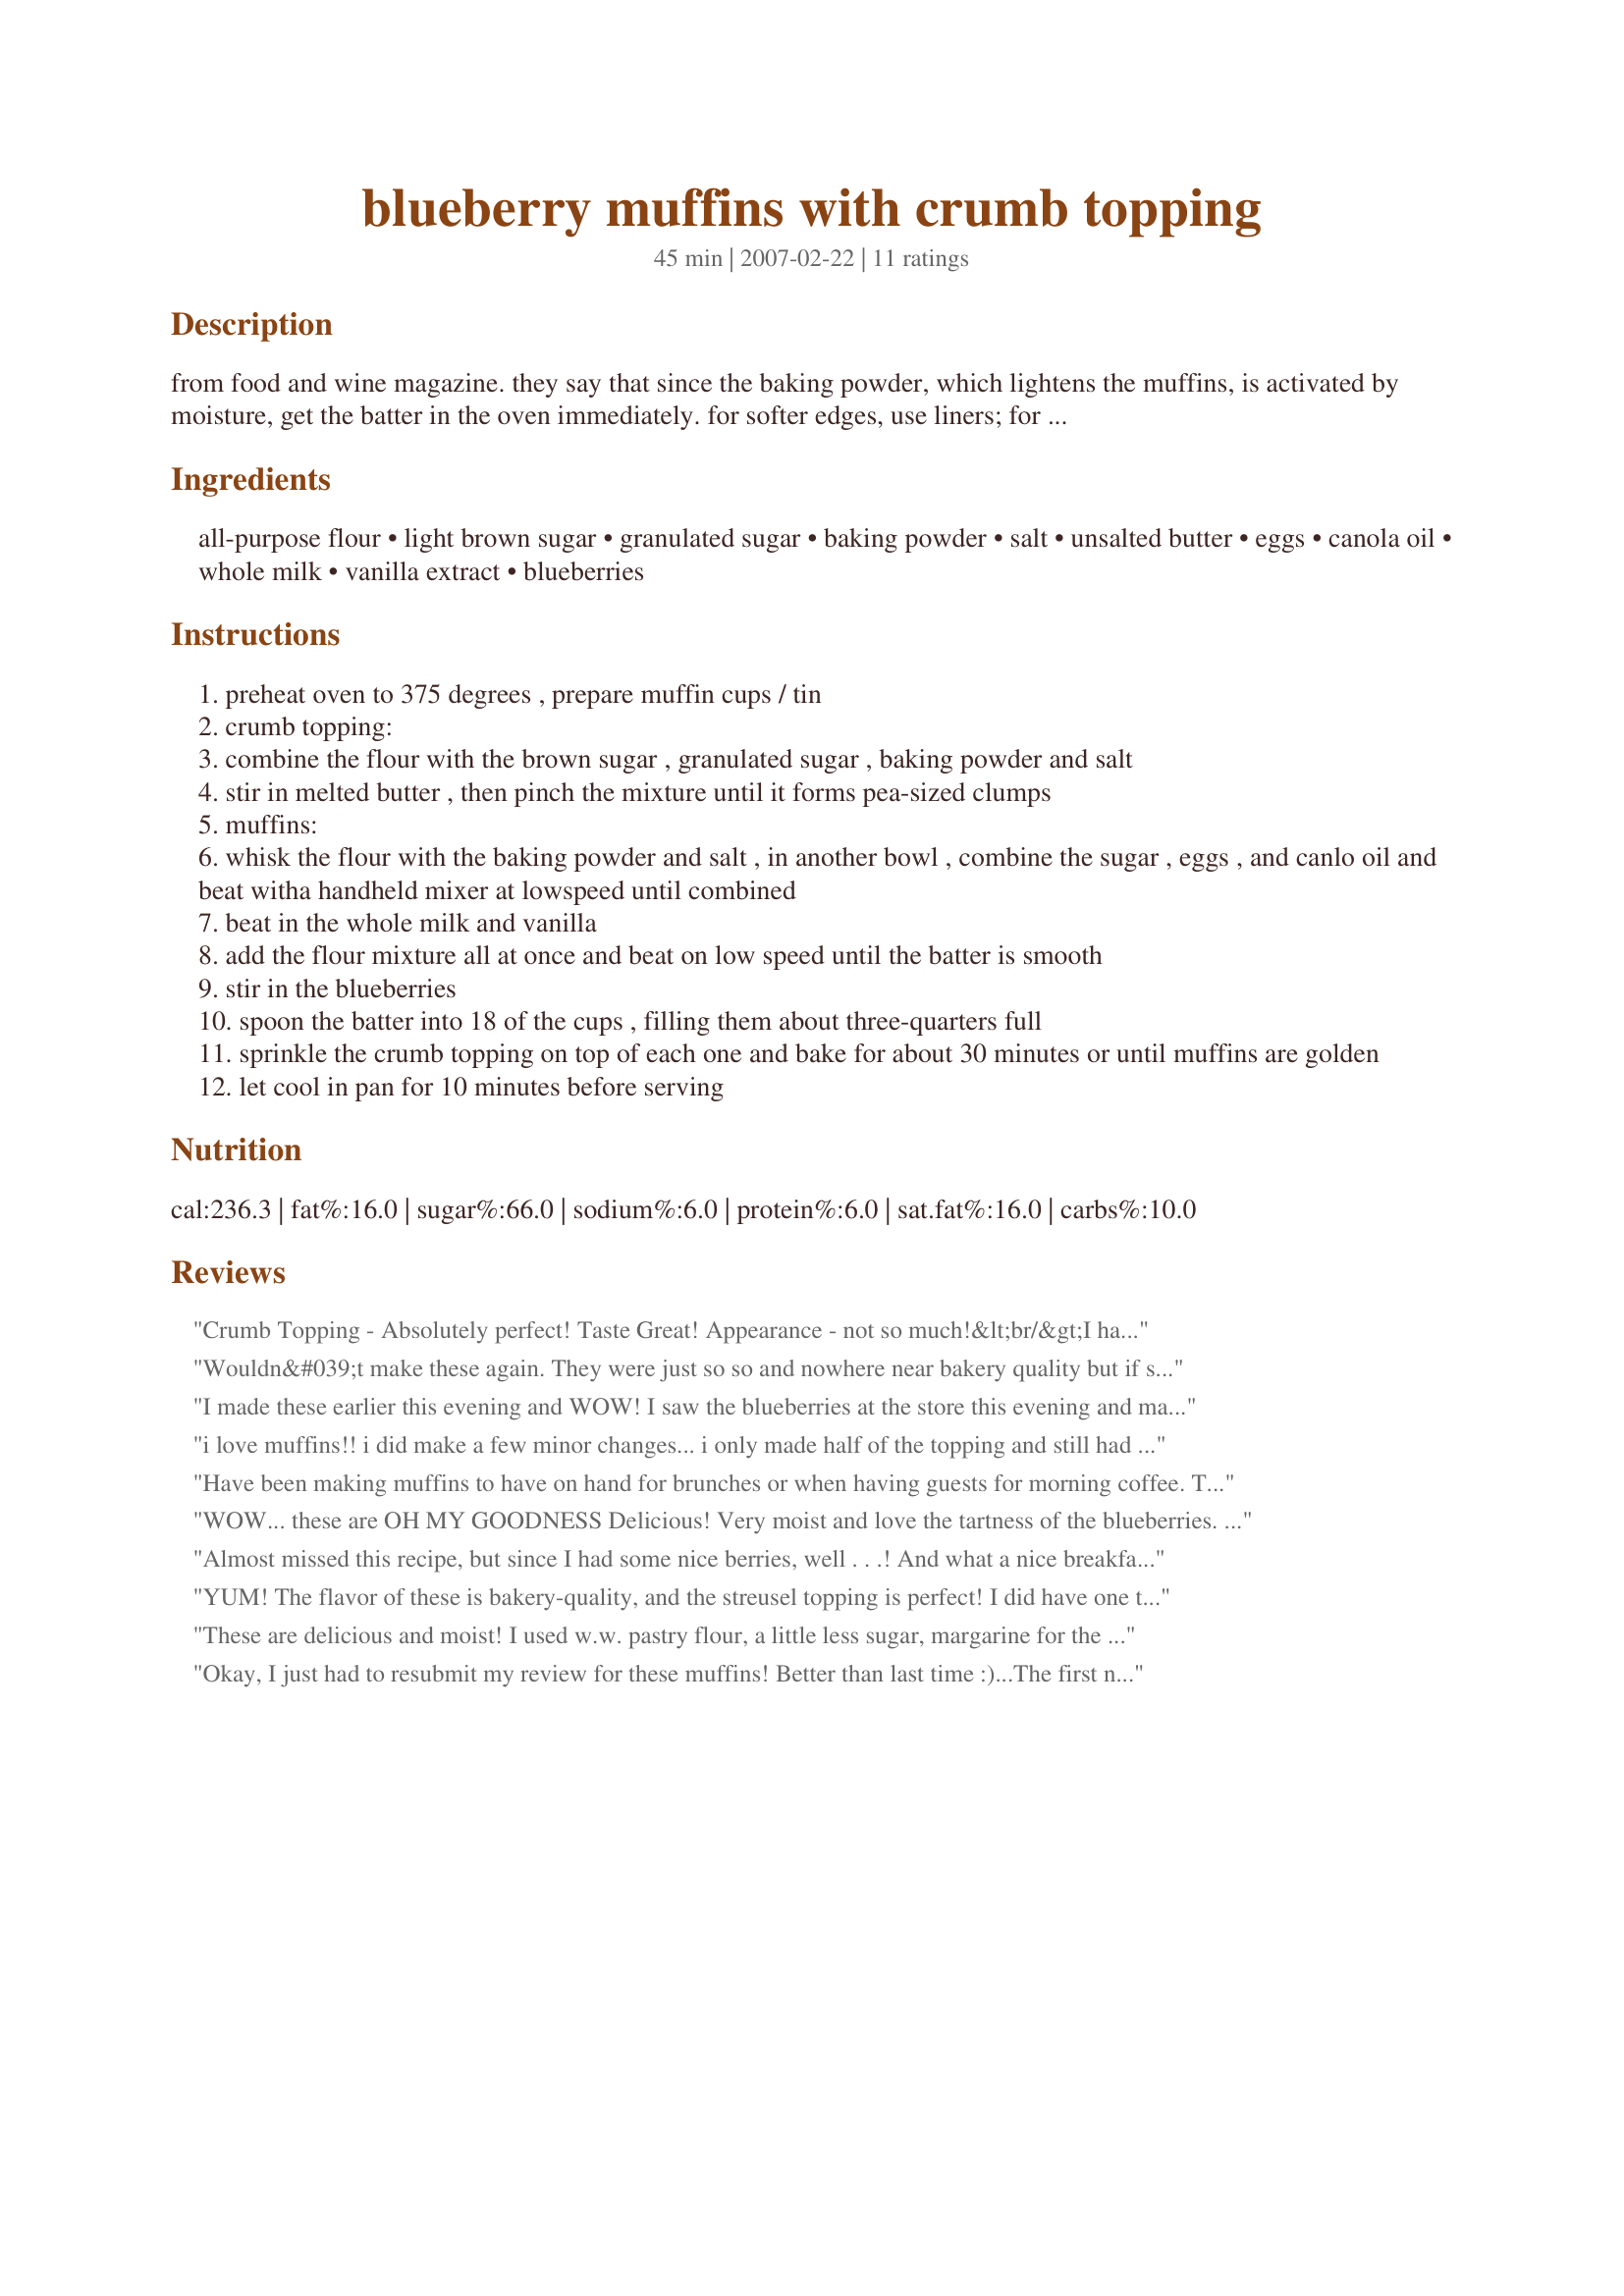
blueberry muffins with crumb topping
Preparation time: 45 minutes

from food and wine magazine. they say that since the baking powder, which lightens the muffins, is activated by moisture, get the batter in the oven immediately. for softer edges, use liners; for crisper edges, use a well-greased, unlined pan.
i used 2% milk and they came out great.
these are easy to make and delicious!

Ingredients:
all-purpose flour, light brown sugar, granulated sugar, baking powder, salt, unsalted butter, eggs, canola oil, whole milk, vanilla extract, blueberries

Steps:
preheat oven to 375 degrees , prepare muffin cups / tin
crumb topping:
combine the flour with the brown sugar , granulated sugar , baking powder and salt
stir in melted butter , then pinch the mixture until it forms pea-sized clumps
muffins:
whisk the flour with the baking powder and salt , in another bowl , combine the sugar , eggs , and canlo oil and beat witha handheld mixer at lowspeed until combined
beat in the whole milk and vanilla
add the flour mixture all at once and beat on low speed until the batter is smooth
stir in the blueberries
spoon the batter into 18 of the cups , filling them about three-quarters full
sprinkle the crumb topping on top of each one and bake for about 30 minutes or until muffins are golden
let cool in pan for 10 minutes before serving

Reviews:
Crumb Topping - Absolutely perfect! Taste Great! Appearance - not so much!&lt;br/&gt;I had 3 problems with this recipe however. One, I should have remembered - dust the berries with flour, as well as any other recipe that has suspended chunks of something so they don&#039;t fall to the bottom. Two, I used frozen berries, which are much smaller and more dense than fresh ones. The result is I ended up with WAY too many. I should have eye-balled the amount in the batter. Three, this I don&#039;t have a solution for, the muffins deflated after cooling. They had nice puffy tops and ended up looking sad. What can I add, or what can I change in the cooking process to keep them poofy?&lt;br/&gt;Will definitely do this recipe again with some tweaks. Best muffin recipe I&#039;ve found so far
Wouldn&#039;t make these again. They were just so so and nowhere near bakery quality but if some of you enjoyed them, then that&#039;s great. Not for me.
I made these earlier this evening and WOW! I saw the blueberries at the store this evening and made them for a late night snack. So moist and delicious. DH didn't want to share them. Thanks Susie. These were really good.
i love muffins!! i did make a few minor changes... i only made half of the topping and still had a lot extra.. i used whole wheat flour, egg whites, half the sugar and half the oil.. they were still great though! i only got 12 mufifns becuase of my reductions though.
Have been making muffins to have on hand for brunches or when having guests for morning coffee. These make up beautifully, taste great, are freezer friendly and add variety to our favorites! Great muffins susie.
WOW... these are OH MY GOODNESS Delicious! Very moist and love the tartness of the blueberries. I did mix my blueberries with about 2 tbsp of flour as I had defrosted mine from frozen. Made for ZWT6 Zee Zany Zesty Cookzzzzzzz!
Almost missed this recipe, but since I had some nice berries, well . . .! And what a nice breakfast surprise these made! I went for the unlined pan version & was not disappointed! ABSOLUTELY GREAT MUFFINS from a recipe that's a real keeper! [Made & reviewed while touring Canada on Zaar's World Tour 4]
YUM! The flavor of these is bakery-quality, and the streusel topping is perfect! I did have one trick while preparing these- I put the blueberries in a bowl and tossed them with 1-2 tbsps of flour before folding them into the batter. What this does is help keep the blueberries from racing to the bottom as the flour gives a sticky surface to help hold the berries in place. These are disappearing like lightning! Thank you.
These are delicious and moist! I used w.w. pastry flour, a little less sugar, margarine for the crumbs, and a combo of rice and 1% milk. Instead of melting the margarine, I cut it into the flour with a pastry blender. I only had to use about 1/2 of the topping. Bcz I used w.w. flour, I filled the muffin tins and had 14 muffins. I also used frozen mixed berries. It turned out a little underdone at 30 minutes, but still tasted good. Thanks, Susie. Will keep this one!
Okay, I just had to resubmit my review for these muffins! Better than last time :)...The first night and the next day they tasted just...okay. But on the second day both my husband and I agreed that they actually tasted 10x better than the night I had taken them out of the oven! I guess the flavors needed time to meld together or something, and they were way more moist and more blueberry-y tasting than on my initial taste test. However, for whatever reason, even though I greased the tins, they refused to come out and I had use a toothpick to perform extraction surgery on each of them. This happens to at least half of the muffin recipes I try to bake and might be attributed to the fact that we are at high altitude and I'm still guessing the changes I need to make to accomodate for that. So, unless you have some miracle muffin tin I highly recommend using paper liners. Other than that, they are moist and full of flavor and have great texture. Definitely recommend using fresh blueberries. I would rate this 4.5 stars, actually. To make it 5 stars, I would probably add a little more blueberries and probably double the vanilla, but that's just my opinion. Give these a try, and keep up the tastings a few days later. They'll get better and better! Oh, and we did not refrigerate these after they were baked...just put them in a big Ziploc bag. :)
These whipped up pretty quickly and were scruptious! Used fresh ground flour. Will eat the rest of these for breakfast tomorrow! Thanks for posting! Made for Family Picks ZWT4 for the CAFE ZMAKK Gypsies!!
